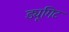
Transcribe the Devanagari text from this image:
ड्यूगिट